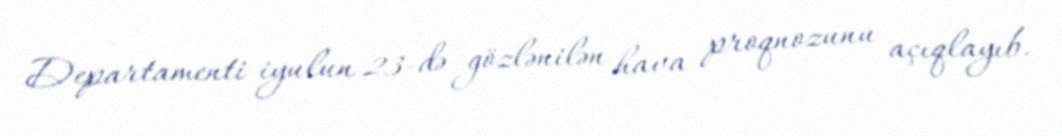
Departamenti iyulun 23-də gözlənilən hava proqnozunu açıqlayıb.